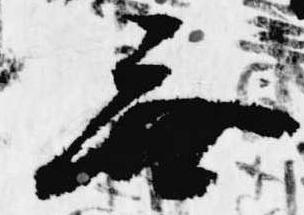
無